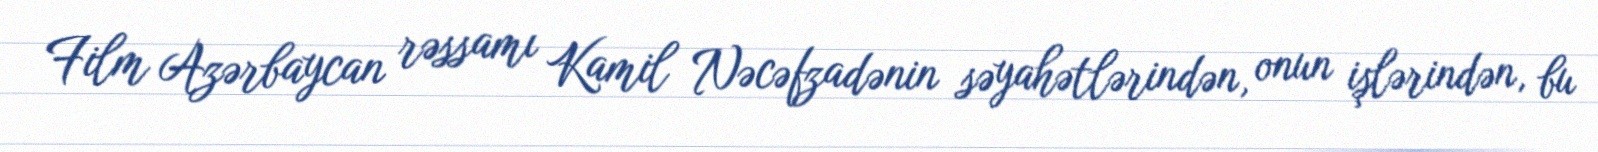
Film Azərbaycan rəssamı Kamil Nəcəfzadənin səyahətlərindən, onun işlərindən, bu